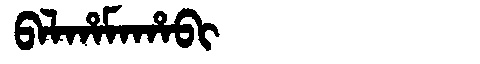
Manchu: ᠪᠠᠯᡥᠠᠮᠠᡥᠠᠪᡳ
Romanization: BALHAMAHABI